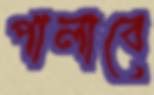
পালাবে